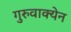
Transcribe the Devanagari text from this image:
गुरुवाक्येन